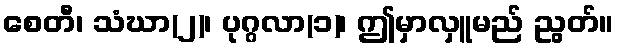
စေတီ၊ သံဃာ(၂)၊ ပုဂ္ဂလာ(၁)၊ ဤမှာလှူမည် ညွတ်။